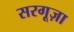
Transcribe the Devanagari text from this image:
सरगूज़ा